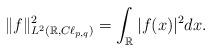
LaTeX: \begin{align*}\|f\|_{L^2(\mathbb{R},C\ell_{p, q})}^2 = \int_\mathbb{R}|f(x)|^2dx .\end{align*}